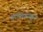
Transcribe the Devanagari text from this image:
लात्व्हियामधून